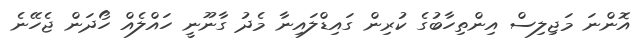
އޮންނަ މަޖިލިސް އިންތިހާބުގެ ކުރިން ގައިޑްލައިނާ މެދު ގާނޫނީ ހައްލެއް ހޯދަން ޖެހޭނެ